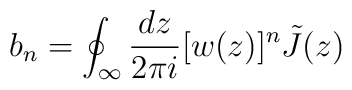
b_n = \oint_{\infty} \frac{dz}{2\pi i} [w(z)]^n \tilde J(z)